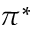
\pi ^ { * }